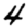
Digit: 4